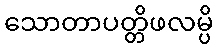
သောတာပတ္တိဖလမ္ပိ